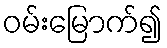
ဝမ်းမြောက်၍